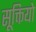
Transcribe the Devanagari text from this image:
सूक्तियो